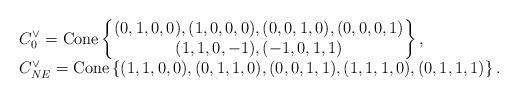
LaTeX: \begin{align*}\begin{matrix}\begin{aligned} & C_{0}^{\vee}=\mathrm{Cone}\left\{ \begin{matrix}(0,1,0,0),(1,0,0,0),(0,0,1,0),(0,0,0,1)\\(1,1,0,-1),(-1,0,1,1)\end{matrix}\right\} ,\\ & C_{NE}^{\vee}=\mathrm{Cone}\left\{ (1,1,0,0),(0,1,1,0),(0,0,1,1),(1,1,1,0),(0,1,1,1)\right\} .\end{aligned}\end{matrix}\end{align*}